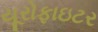
યૂરોફાઇટર